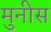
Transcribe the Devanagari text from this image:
मुनीस